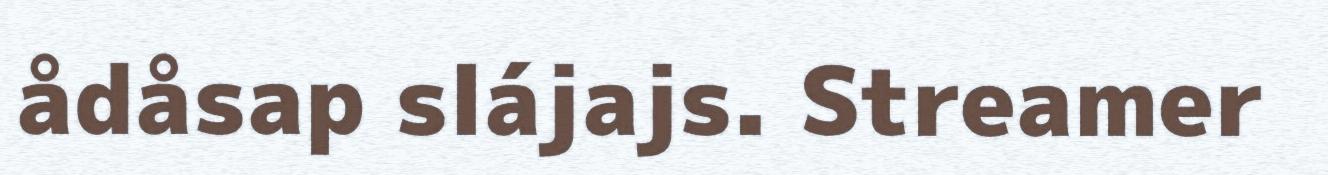
ådåsap slájajs. Streamer